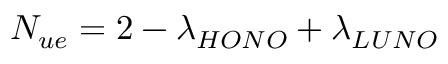
N _ { u e } = 2 - \lambda _ { H O N O } + \lambda _ { L U N O }